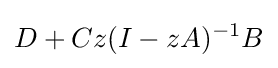
D+Cz(I-zA)^{-1}B